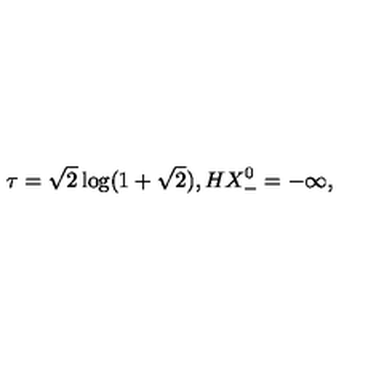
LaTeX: \tau = \sqrt { 2 } \log ( 1 + \sqrt { 2 } ) , H X _ { - } ^ { 0 } = - \infty ,